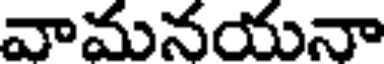
వామనయనా